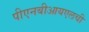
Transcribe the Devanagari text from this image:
पीएनबीआयएलची